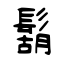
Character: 鬍